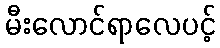
မီးလောင်ရာလေပင့်